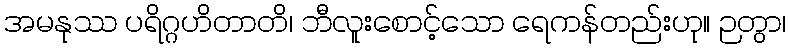
အမနုဿ ပရိဂ္ဂဟိတာတိ၊ ဘီလူးစောင့်သော ရေကန်တည်းဟု။ ဉတွာ၊